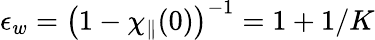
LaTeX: \epsilon_{w}=\left(1-\chi_{\parallel}(0)\right)^{-1}=1+1/K